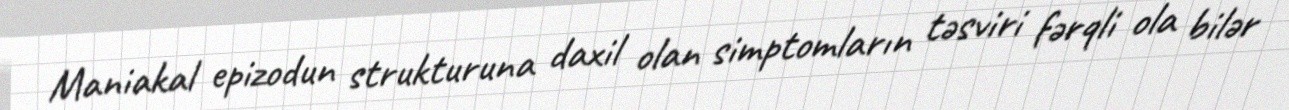
Maniakal epizodun strukturuna daxil olan simptomların təsviri fərqli ola bilər